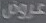
عروض